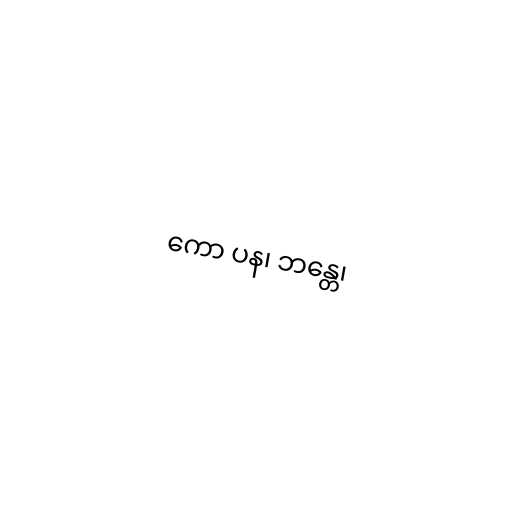
ကော ပန၊ ဘန္တေ၊